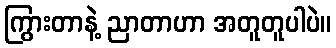
ကြွားတာနဲ့ ညာတာဟာ အတူတူပါပဲ။